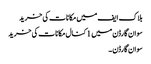
بلاک ایف میں مکانات کی خرید
سوان گارڈن میں 1 کنال مکانات کی خرید
سوان گارڈن ۔